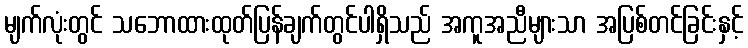
မျက်လုံးတွင် သဘောထားထုတ်ပြန်ချက်တွင်ပါရှိသည် အကူအညီများသာ အပြစ်တင်ခြင်းနှင့်